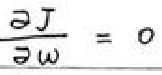
\(\frac{\partial J}{\partial w}=0\)